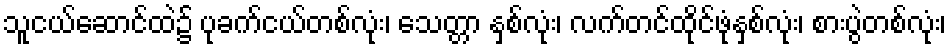
သူငယ်ဆောင်ထဲ၌ ပုခက်ငယ်တစ်လုံး၊ သေတ္တာ နှစ်လုံး၊ လက်တင်ထိုင်ဖုံနှစ်လုံး၊ စားပွဲတစ်လုံး၊